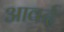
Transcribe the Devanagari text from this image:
आवर्द